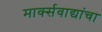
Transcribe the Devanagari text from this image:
मार्क्सवाद्यांचा